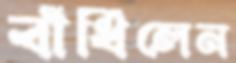
বাঁধিলেন